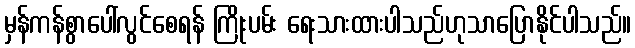
မှန်ကန်စွာပေါ်လွင်စေရန် ကြိုးပမ်း ရေးသားထားပါသည်ဟုသာပြောနိုင်ပါသည်။